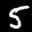
Label: 5